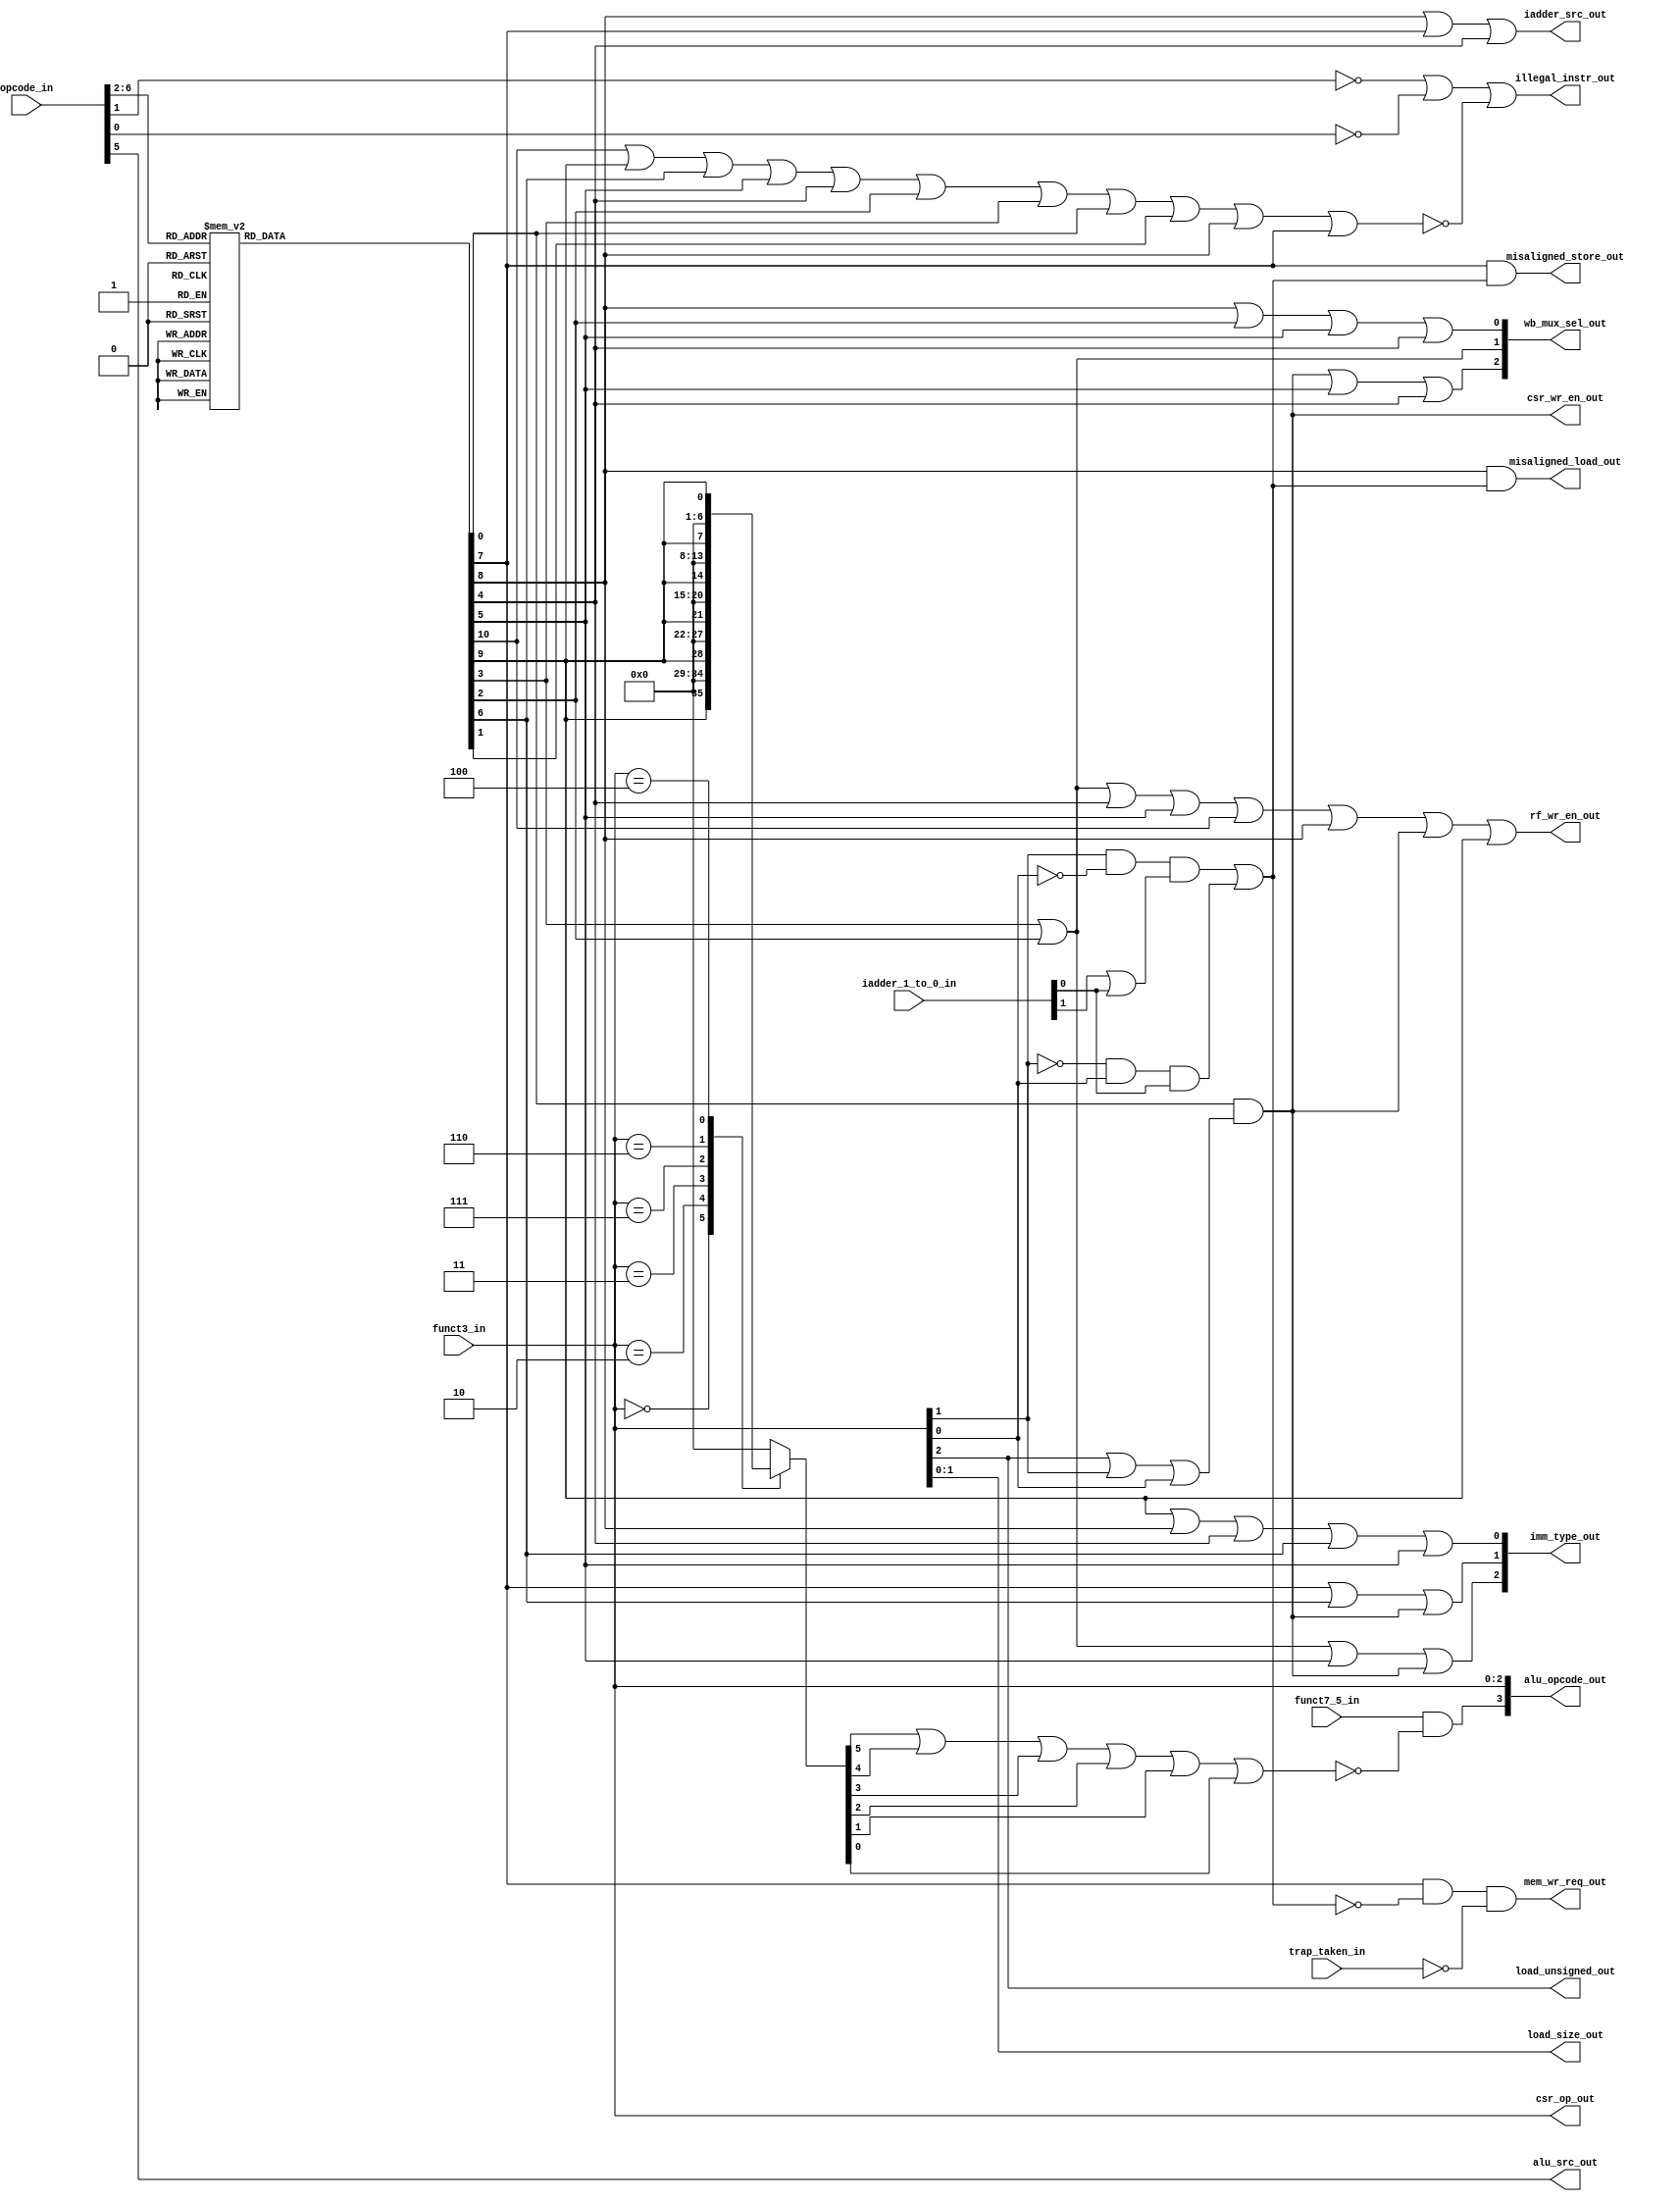


`timescale 1ns / 1ps

module msrv32_dec(
                  input [6:0] opcode_in,            
                  input funct7_5_in,               
                  input [2:0] funct3_in,            
                  input [1:0] iadder_1_to_0_in,     
                  input trap_taken_in,             
    
                  output [3:0] alu_opcode_out,      
                  output mem_wr_req_out,            
                  output [1:0] load_size_out,  
                  output load_unsigned_out,        
                  output alu_src_out,            
                  output iadder_src_out,     
                  output csr_wr_en_out,             
                  output rf_wr_en_out,              
                  output [2:0] wb_mux_sel_out,      
                  output [2:0] imm_type_out,        
                  output [2:0] csr_op_out,          
                  output illegal_instr_out,    
                  output misaligned_load_out,     
                  output misaligned_store_out       
                 );


   parameter  OPCODE_OP       =    5'b01100;
   parameter  OPCODE_OP_IMM   =    5'b00100;
   parameter  OPCODE_LOAD     =    5'b00000;
   parameter  OPCODE_STORE    =    5'b01000;
   parameter  OPCODE_BRANCH   =    5'b11000;
   parameter  OPCODE_JAL      =    5'b11011;
   parameter  OPCODE_JALR     =    5'b11001;
   parameter  OPCODE_LUI      =    5'b01101;
   parameter  OPCODE_AUIPC    =    5'b00101;
   parameter  OPCODE_MISC_MEM =    5'b00011;
   parameter  OPCODE_SYSTEM   =    5'b11100;


   parameter  FUNCT3_ADD      =    3'b000;
   parameter  FUNCT3_SUB      =    3'b000;
   parameter  FUNCT3_SLT      =    3'b010;
   parameter  FUNCT3_SLTU     =    3'b011;
   parameter  FUNCT3_AND      =    3'b111;
   parameter  FUNCT3_OR       =    3'b110;
   parameter  FUNCT3_XOR      =    3'b100;
   parameter  FUNCT3_SLL      =    3'b001;
   parameter  FUNCT3_SRL      =    3'b101;
   parameter  FUNCT3_SRA      =    3'b101;

   reg is_branch;
   reg is_jal;
   reg is_jalr;
   reg is_auipc;
   reg is_lui;
   reg is_load;
   reg is_store;
   reg is_system;
   wire is_csr;
   reg is_op;
   reg is_op_imm;
   reg is_misc_mem;
   reg is_addi;
   reg is_slti;
   reg is_sltiu;
   reg is_andi;
   reg is_ori;
   reg is_xori;
   wire is_implemented_instr;
   wire mal_word;
   wire mal_half;
   wire misaligned;
        

   always @*
   begin
      case(opcode_in [6:2])
         OPCODE_OP         : {is_op, is_op_imm, is_load, is_store, is_branch, is_jal, is_jalr, is_lui, is_auipc, is_misc_mem, is_system} = 11'b10000000000;
         OPCODE_OP_IMM     : {is_op, is_op_imm, is_load, is_store, is_branch, is_jal, is_jalr, is_lui, is_auipc, is_misc_mem, is_system} = 11'b01000000000;
         OPCODE_LOAD       : {is_op, is_op_imm, is_load, is_store, is_branch, is_jal, is_jalr, is_lui, is_auipc, is_misc_mem, is_system} = 11'b00100000000;
         OPCODE_STORE      : {is_op, is_op_imm, is_load, is_store, is_branch, is_jal, is_jalr, is_lui, is_auipc, is_misc_mem, is_system} = 11'b00010000000;
	 OPCODE_BRANCH     : {is_op, is_op_imm, is_load, is_store, is_branch, is_jal, is_jalr, is_lui, is_auipc, is_misc_mem, is_system} = 11'b00001000000;
         OPCODE_JAL        : {is_op, is_op_imm, is_load, is_store, is_branch, is_jal, is_jalr, is_lui, is_auipc, is_misc_mem, is_system} = 11'b00000100000;
         OPCODE_JALR       : {is_op, is_op_imm, is_load, is_store, is_branch, is_jal, is_jalr, is_lui, is_auipc, is_misc_mem, is_system} = 11'b00000010000;
         OPCODE_LUI        : {is_op, is_op_imm, is_load, is_store, is_branch, is_jal, is_jalr, is_lui, is_auipc, is_misc_mem, is_system} = 11'b00000001000;
         OPCODE_AUIPC      : {is_op, is_op_imm, is_load, is_store, is_branch, is_jal, is_jalr, is_lui, is_auipc, is_misc_mem, is_system} = 11'b00000000100;
         OPCODE_MISC_MEM   : {is_op, is_op_imm, is_load, is_store, is_branch, is_jal, is_jalr, is_lui, is_auipc, is_misc_mem, is_system} = 11'b00000000010;
	 OPCODE_SYSTEM     : {is_op, is_op_imm, is_load, is_store, is_branch, is_jal, is_jalr, is_lui, is_auipc, is_misc_mem, is_system} = 11'b00000000001;
	 default           : {is_op, is_op_imm, is_load, is_store, is_branch, is_jal, is_jalr, is_lui, is_auipc, is_misc_mem, is_system} = 11'b00000000000;
      endcase
   end


   always @*
   begin
      case(funct3_in)
         FUNCT3_ADD       : {is_addi,is_slti,is_sltiu,is_andi,is_ori,is_xori} = {is_op_imm, 1'b0, 1'b0, 1'b0, 1'b0, 1'b0};
         FUNCT3_SLT       : {is_addi,is_slti,is_sltiu,is_andi,is_ori,is_xori} = {1'b0, is_op_imm, 1'b0, 1'b0, 1'b0, 1'b0};    
         FUNCT3_SLTU      : {is_addi,is_slti,is_sltiu,is_andi,is_ori,is_xori} = {1'b0, 1'b0, is_op_imm, 1'b0, 1'b0, 1'b0};
         FUNCT3_AND       : {is_addi,is_slti,is_sltiu,is_andi,is_ori,is_xori} = {1'b0, 1'b0, 1'b0, is_op_imm, 1'b0, 1'b0};
         FUNCT3_OR        : {is_addi,is_slti,is_sltiu,is_andi,is_ori,is_xori} = {1'b0, 1'b0, 1'b0, 1'b0, is_op_imm, 1'b0};                     
         FUNCT3_XOR       : {is_addi,is_slti,is_sltiu,is_andi,is_ori,is_xori} = {1'b0, 1'b0, 1'b0, 1'b0, 1'b0, is_op_imm};
	 default          : {is_addi,is_slti,is_sltiu,is_andi,is_ori,is_xori} = 6'b000000;
      endcase
   end


   assign load_size_out = funct3_in[1:0];
   assign load_unsigned_out = funct3_in[2];
    
   assign alu_src_out = opcode_in[5];
    
 
   assign is_csr = is_system & (funct3_in[2] | funct3_in[1] | funct3_in[0]); 
   assign csr_wr_en_out = is_csr;
   assign csr_op_out = funct3_in;
    
   assign iadder_src_out = is_load | is_store | is_jalr;
   assign rf_wr_en_out = is_lui | is_auipc | is_jalr | is_jal | is_op | is_load | is_csr | is_op_imm;//these operations require the register file
   assign alu_opcode_out[2:0] = funct3_in;
   assign alu_opcode_out[3] = funct7_5_in & ~(is_addi | is_slti | is_sltiu | is_andi | is_ori | is_xori);//select between identical funct3 operations
    

   assign wb_mux_sel_out[0] = is_load | is_auipc | is_jal | is_jalr;
   assign wb_mux_sel_out[1] = is_lui | is_auipc;
   assign wb_mux_sel_out[2] = is_csr | is_jal | is_jalr;


   assign imm_type_out[0] = is_op_imm | is_load | is_jalr | is_branch | is_jal;
   assign imm_type_out[1] = is_store | is_branch | is_csr;
   assign imm_type_out[2] = is_lui | is_auipc | is_jal | is_csr;

   assign is_implemented_instr = is_op | is_op_imm | is_branch | is_jal | is_jalr | is_auipc | is_lui | is_system | is_misc_mem | is_load | is_store;
    

   assign illegal_instr_out = ~opcode_in[1] | ~opcode_in[0] | ~is_implemented_instr;

 
   assign mal_word = funct3_in[1] & ~funct3_in[0] & (iadder_1_to_0_in[1] | iadder_1_to_0_in[0]);
   assign mal_half = ~funct3_in[1] & funct3_in[0] & iadder_1_to_0_in[0];
   assign misaligned = mal_word | mal_half;
   assign misaligned_store_out = is_store & misaligned;
   assign misaligned_load_out = is_load & misaligned;


   assign mem_wr_req_out = is_store & ~misaligned & ~trap_taken_in;
    
    
endmodule